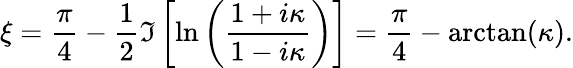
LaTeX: \xi={\frac{\pi}{4}}-{\frac{1}{2}}\Im\left[\ln\left({\frac{1+i\kappa}{1-i\kappa}}\right)\right]={\frac{\pi}{4}}-\arctan(\kappa).